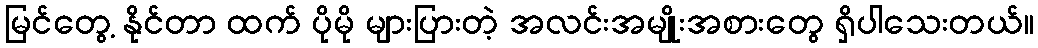
မြင်တွေ့ နိုင်တာ ထက် ပိုမို များပြားတဲ့ အလင်းအမျိုးအစားတွေ ရှိပါသေးတယ်။